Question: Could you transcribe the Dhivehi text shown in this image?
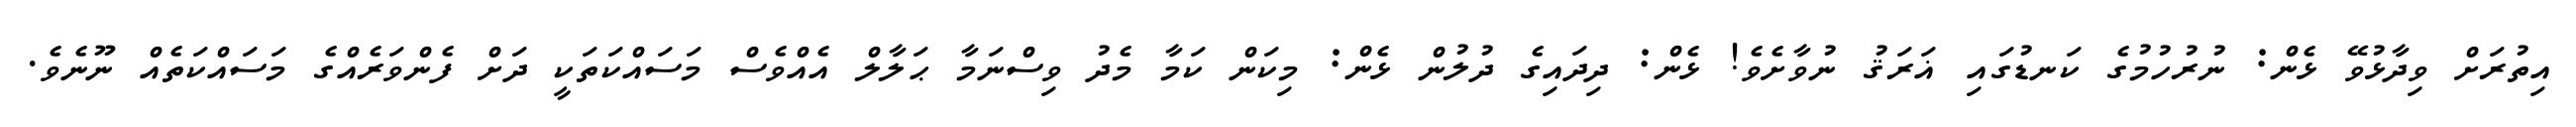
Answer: އިތުރަށް ވިދާޅުވޭ ޅެން: ނުރުހުމުގެ ކަނޑުގައި ޣަރަޤު ނުވާށެވެ! ޅެން: ދިދައިގެ ދުލުން ޅެން: މިކަން ކަމާ މެދު ވިސްނަމާ ޙަލާލް އެއްވެސް މަސައްކަތަކީ ދަށް ފެންވަރެއްގެ މަސައްކަތެއް ނޫނެވެ.